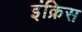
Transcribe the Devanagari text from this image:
इंक्रिस